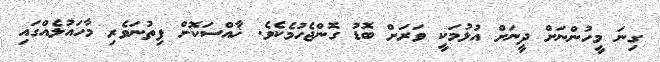
ގިނަ މީހުންނަށް ދީނަށް އުޅުމަކީ ވަރަށް ބޮޑު ގޮންޖެހުމެކެވެ. ޚާއްސަކޮށް ފިތުނަވެރި މާހައުލެއްގައި